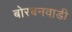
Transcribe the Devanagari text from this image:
बोरबनवाडी